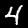
Label: 4